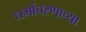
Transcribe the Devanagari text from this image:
धर्माचरणाच्या